Lunatic asylums United Provinces 1909-1921 - 1909-1921
Year: 1909
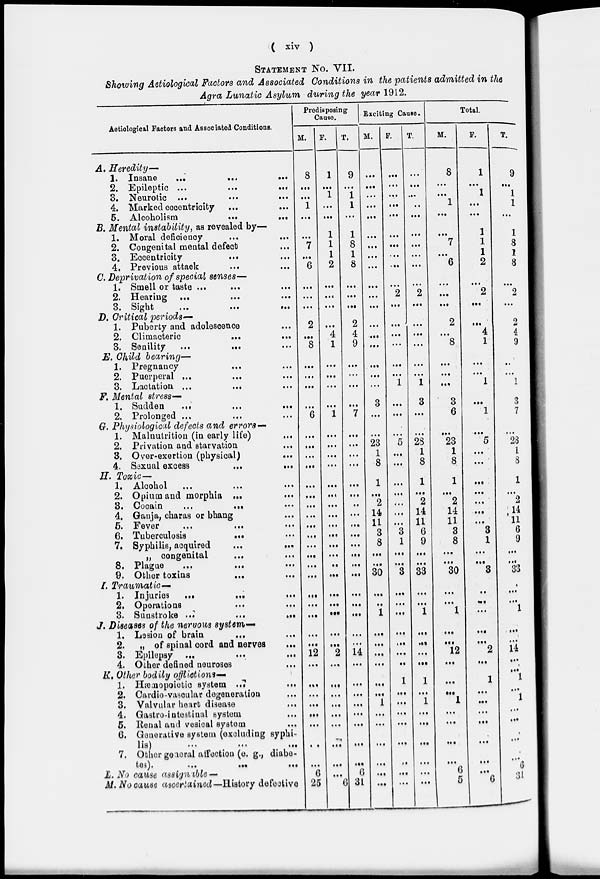
( xiv )
STATEMENT No. VII.
Showing Aetiological Factors and Associated Conditions in the patients admitted in the
Agra Lunatic Asylum during the year 1912.
Aetiological Factors and Associated Conditions.
A. Heredity—
1. Insane
...
...
...
2. Epileptic
...
...
...
3. Neurotic ... ... ...
4. Marked eccentricity ... ...
5. Alcoholism
...
...
B. Mental instability, as revealed by—
1. Moral deficiency
...
...
2. Congenital mental defect ...
3. Eccentricity
...
...
4. Previous attack ... ...
C. Deprivation of special senses—
1. Smell or taste ... ... ...
2. Hearing
...
...
...
3. Sight
...
...
...
D. Critical periods—
1. Puberty and adolescence ...
2. Climacteric
...
...
3. Senility
...
...
E. Child bearing—
1. Pregnancy ... ...
2. Puerperal ... ... ...
3. Lactation ... ... ...
F. Mental stress—
1. Sudden
...
...
...
2. Prolonged ... ... ...
G. Physiological defects and errors —
1. Malnutrition (in early life)
...
2. Privation and starvation ...
3. Over-exertion (physical)
...
4. Sexual excess
...
...
H. Toxic—
1. Alcohol ... ... ...
2. Opium and morphia ... ...
3.
Cocain ... ... ...
4. Ganja, charas or bhang ...
5. Fever
...
...
...
6. Tuberculosis
...
...
7. Syphilis, acquired
...
...
„ congenital ... ...
8. Plague
...
...
...
9. Other toxins
...
...
I. Traumatic—
1. Injuries
...
...
...
2. Operations
...
...
3. Sunstroke
...
...
...
J. Diseases of the nervous system-
1. Lesion of brain
...
...
2. „ of spinal cord and nerves ...
3. Epilepsy
...
...
...
4. Other defined neuroses ...
K. Other bodily offlictions—
1. Hæmopoietic system
...
...
2. Cardio-vascular degeneration ...
3. Valvular heart disease ...
4. Gastro-intestinal system ...
5. Renal and vesical system ...
6. Generative system (excluding syphi-
lis)
...
...
...
7. Other general affection (e. g., diabe-
tes).
...
...
...
L. No cause assignable —
M. No cause ascertained— History defective
Predisposing
Cause.
M.
8
...
...
1
...
...
7
...
6
...
...
...
2
...
8
...
...
...
...
6
...
...
...
...
...
...
...
...
...
...
...
...
...
...
...
...
...
...
...
12
...
...
...
...
...
...
...
...
6
25
F.
1
...
1
...
...
1
1
1
2
...
...
...
...
4
1
...
...
...
...
1
...
...
...
...
...
...
...
...
...
...
...
...
...
...
...
...
...
...
...
2
...
...
...
...
...
...
...
...
...
6
T.
9
...
1
1
...
1
8
1
8
...
...
...
2
4
9
...
...
...
...
7
...
...
...
...
...
...
...
...
...
...
...
...
...
...
...
...
...
...
...
14
...
...
...
...
...
...
...
...
6
31
Exciting Cause.
M.
...
...
...
...
...
...
...
...
...
...
...
...
...
...
...
...
...
...
3
...
...
23
1
8
1
...
2
14
11
3
8
...
...
30
...
...
1
...
...
...
...
...
...
1
...
...
...
...
...
...
F.
...
...
...
...
...
...
...
...
...
...
2
...
...
...
...
...
...
1
...
...
...
5
...
...
...
...
...
...
...
3
1
...
...
3
...
...
...
...
...
...
...
1
...
...
...
...
...
...
...
...
T.
...
...
...
...
...
...
...
...
...
...
2
...
...
...
...
...
...
1
3
...
...
28
1
8
1
...
2
14
11
6
9
...
...
33
...
...
1
...
...
...
...
1
...
1
...
...
...
...
...
...
Total.
M.
8
...
...
1
...
...
7
...
6
...
...
...
2
...
8
...
...
...
3
6
...
23
1
8
1
...
2
14
11
3
8
...
...
30
...
...
1
...
...
12
...
...
...
1
...
...
...
...
6
25
F.
1
...
1
...
...
1
1
1
2
...
2
...
...
4
1
...
...
1
...
1
...
5
...
...
...
...
...
...
...
3
1
...
...
3
...
...
...
...
...
2
...
1
...
...
...
...
...
...
...
6
T.
9
...
1
1
...
1
8
1
8
...
2
...
2
4
9
...
...
1
3
7
...
28
1
8
1
...
2
14
11
6
9
...
...
33
...
...
1
...
...
14
...
1
...
1
...
...
...
...
6
31